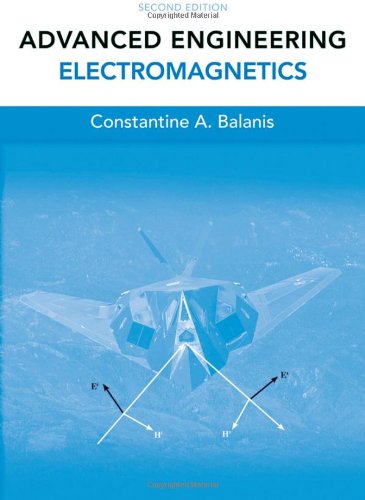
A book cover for Advanced Engineering Electromagnetics; Constantine A. Balanis; Science & Math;